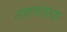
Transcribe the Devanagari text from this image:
जपानातल्या